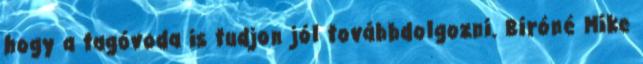
hogy a tagóvoda is tudjon jól továbbdolgozni. Bíróné Mike